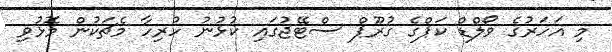
މި އަަހަރުގެ ވޯލްޑް ކަޕްގެ ގުރޫޕް ސްޓޭޖުގައި ކުޅުނު ހުރިހާ މެޗަކުން މޮޅުވި